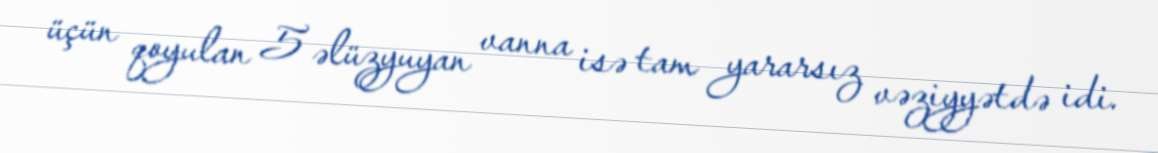
üçün qoyulan 5 əlüzyuyan vanna isə tam yararsız vəziyyətdə idi.